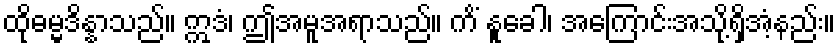
ထိုဓမ္မဒိန္နာသည်။ ဣဒံ၊ ဤအမူအရာသည်။ ကိံ နူခေါ၊ အကြောင်းအသို့ရှိအံ့နည်း။